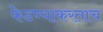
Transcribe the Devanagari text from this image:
फेडण्याकरताच